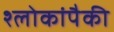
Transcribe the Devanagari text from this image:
श्लोकांपैकी